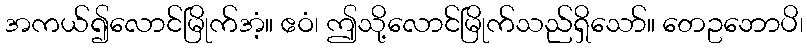
အကယ်၍လောင်မြိုက်အံ့။ ဧဝံ၊ ဤသို့လောင်မြိုက်သည်ရှိသော်။ တေဥဘောပိ၊